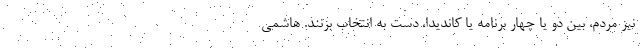
نیز مردم، بین دو یا چهار برنامه یا کاندیدا، دست به انتخاب بزنند. هاشمی